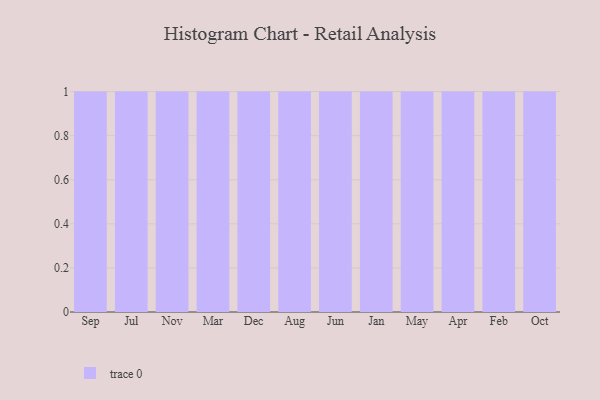
{"axis": {"x": "Month", "y": "Gross Profit (USD K)"}, "legend": [""], "data": [{"x": "Sep", "y": 3, "type": ""}, {"x": "Jul", "y": 21, "type": ""}, {"x": "Nov", "y": 93, "type": ""}, {"x": "Mar", "y": 86, "type": ""}, {"x": "Dec", "y": 19, "type": ""}, {"x": "Aug", "y": 71, "type": ""}, {"x": "Jun", "y": 35, "type": ""}, {"x": "Jan", "y": 87, "type": ""}, {"x": "May", "y": 53, "type": ""}, {"x": "Apr", "y": 70, "type": ""}, {"x": "Feb", "y": 48, "type": ""}, {"x": "Oct", "y": 42, "type": ""}]}